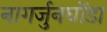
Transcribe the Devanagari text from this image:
नागर्जुनघोंडा